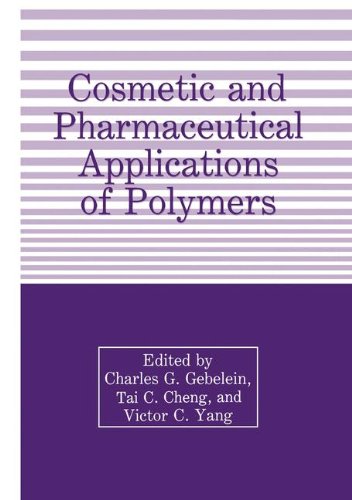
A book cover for Cosmetic and Pharmaceutical Applications of Polymers; Medical Books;